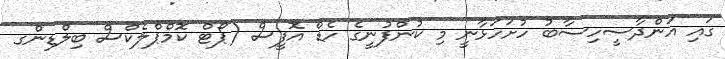
ގައި އަންދާސީހިސާބު ހުށަހަޅާނީ މި ކުންފުނީގެ ހެޑް އޮފީސް (ޕޯޓް ކޮމްޕްލެކްސް ބިލްޑިންގ